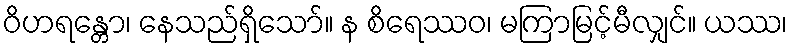
ဝိဟရန္တော၊ နေသည်ရှိသော်။ န စိရေဿဝ၊ မကြာမြင့်မီလျှင်။ ယဿ၊